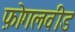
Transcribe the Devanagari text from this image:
फ़ोगलवीड